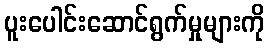
ပူးပေါင်းဆောင်ရွက်မှုများကို